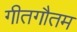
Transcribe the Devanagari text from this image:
गीतगौतम